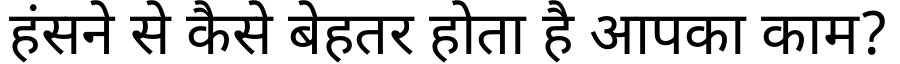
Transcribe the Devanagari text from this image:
हंसने से कैसे बेहतर होता है आपका काम?